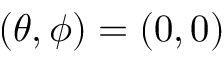
( \theta , \phi ) = ( 0 , 0 )